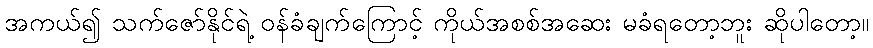
အကယ်၍ သက်ဇော်နိုင်ရဲ့ ဝန်ခံချက်ကြောင့် ကိုယ်အစစ်အဆေး မခံရတော့ဘူး ဆိုပါတော့။